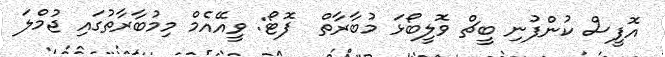
އޮފީސް ކުންފުނި ބީޗް ވޮލީބޯޅަ މުބާރާތް  ފޮޓޯ: ވީއޭއެމް މިމުބާރާތުގައި ޖުމްލަ